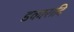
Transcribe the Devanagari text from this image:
डकारादि